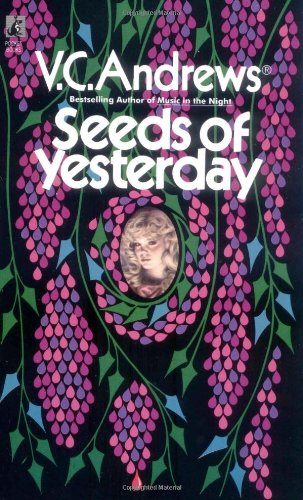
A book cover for Seeds of Yesterday (Dollanganger); V.C. Andrews; Literature & Fiction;